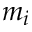
m _ { i }